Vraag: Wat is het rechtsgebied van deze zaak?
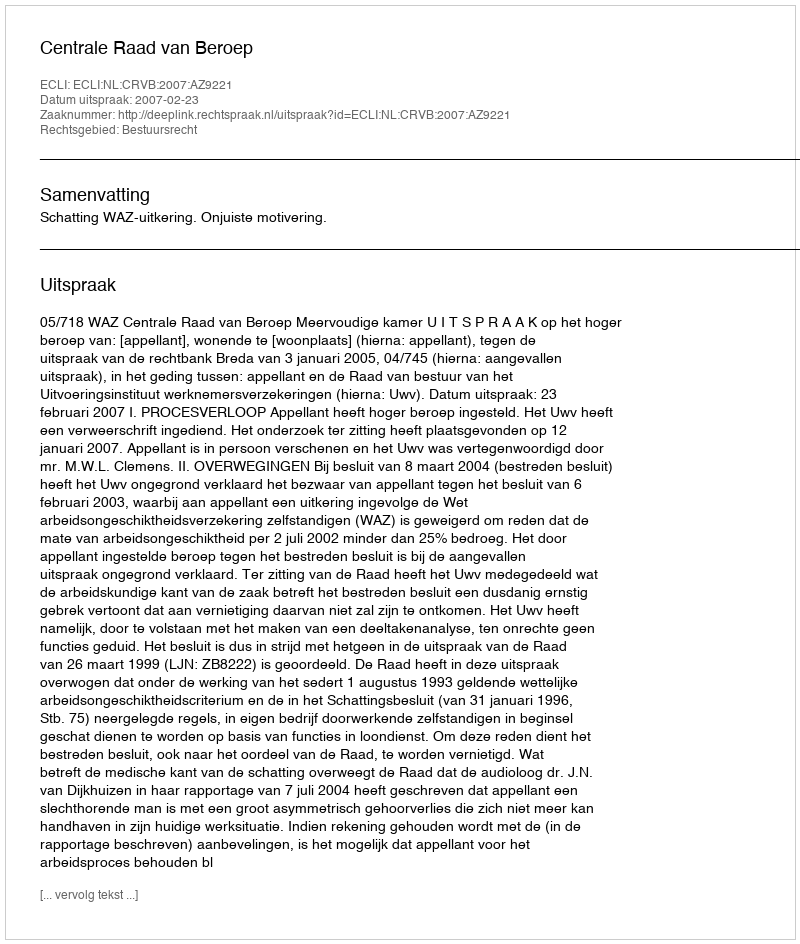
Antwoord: Bestuursrecht